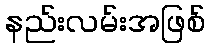
နည်းလမ်းအဖြစ်